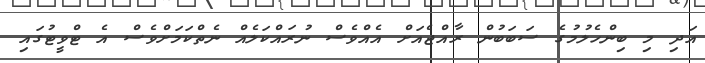
އަދި މި ބިންހެލުމުގެ ސަބަބުން ރާއްޖެއަށް އެއްވެސް ނުރައްކަލެއް ނެތްކަމަށްވެސް އެ ޓްވީޓުގައި